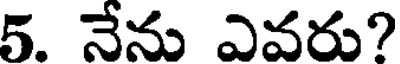
5. నేను ఎవరు?